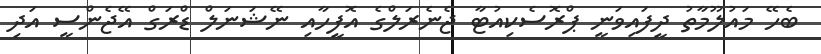
ބެހޭ މައުލޫމާތު ދީފައިވަނީ ޕްރޮސެކިއުޓާ ޖެނެރަލްގެ އޮފީހާއި ނޭޝަނަލް ޑްރަގް އޭޖެންސީ އަދި